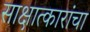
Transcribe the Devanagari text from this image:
साक्षात्कारांचा